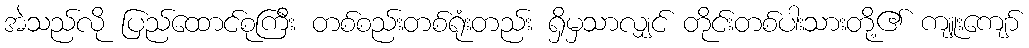
အဲသည်လို ပြည်ထောင်စုကြီး တစ်စည်းတစ်ရုံးတည်း ရှိမှသာလျှင် တိုင်းတစ်ပါးသားတို့၏ ကျူးကျော်